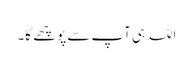
اللہ ہی آپ سے پوچھے گا۔